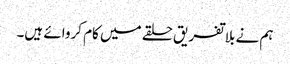
ہم نے بلاتفریق حلقے میں کام کروائے ہیں۔